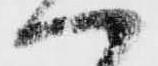
ハ